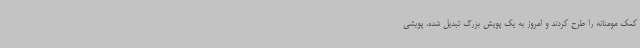
کمک مومنانه را طرح کردند و امروز به یک پویش بزرگ تبدیل شده، پویشی